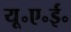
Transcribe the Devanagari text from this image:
यू॰ए॰ई॰